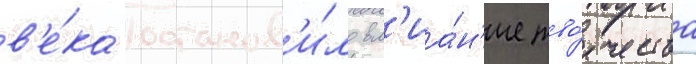
в'е́ка останов'и́ло вл'иа́н'ие тво́рчества